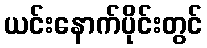
ယင်းနောက်ပိုင်းတွင်